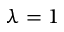
\lambda = 1